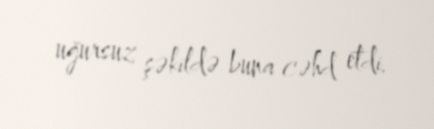
uğursuz şəkildə buna cəhd etdi.